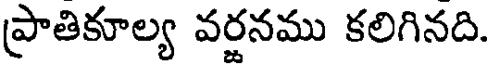
ప్రాతికూల్య వరనము కలిగినది.